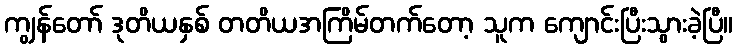
ကျွန်တော် ဒုတိယနှစ် တတိယအကြိမ်တက်တော့ သူက ကျောင်းပြီးသွားခဲ့ပြီ။